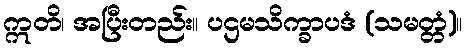
ဣတိ၊ အပြီးတည်း။ ပဌမသိက္ခာပဒံ (သမတ္တံ)။